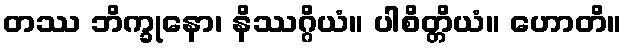
တဿ ဘိက္ခုနော၊ နိဿဂ္ဂိယံ။ ပါစိတ္တိယံ။ ဟောတိ။